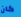
كان